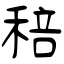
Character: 稖